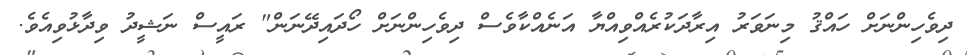
ދިވެހިންނަށް ހައްޤު މިނަވަރު އިރާދަކުރެއްވިއްޔާ އަނެއްކާވެސް ދިވެހިންނަށް ހޯދައިދޭނަން" ރައީސް ނަޝީދު ވިދާޅުވިއެވެ.